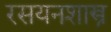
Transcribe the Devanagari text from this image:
रसयनशास्त्र